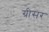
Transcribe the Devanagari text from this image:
ग्रीसर